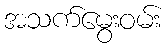
အသက်မွေးဝမ်း